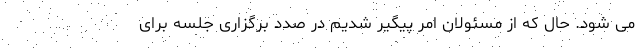
می شود. حال که از مسئولان امر پیگیر شدیم در صدد برگزاری جلسه برای